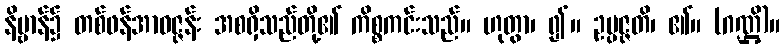
နိဗ္ဗာန်၌ တစ်ဖန်အာဝဇ္ဇန်း အစရှိသည်တို့၏ ကိစ္စကင်းသည်။ ဟုတွာ၊ ၍။ ဥပ္ပဇ္ဇတိ၊ ၏။ (ဂဏ္ဌိ)။